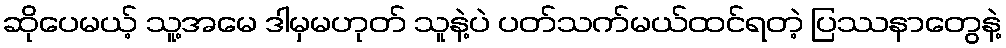
ဆိုပေမယ့် သူ့အမေ ဒါမှမဟုတ် သူနဲ့ပဲ ပတ်သက်မယ်ထင်ရတဲ့ ပြဿနာတွေနဲ့